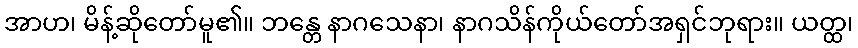
အာဟ၊ မိန့်ဆိုတော်မူ၏။ ဘန္တေ နာဂသေနာ၊ နာဂသိန်ကိုယ်တော်အရှင်ဘုရား။ ယတ္ထ၊